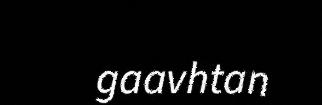
gaavhtan